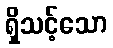
ရှိသင့်သော